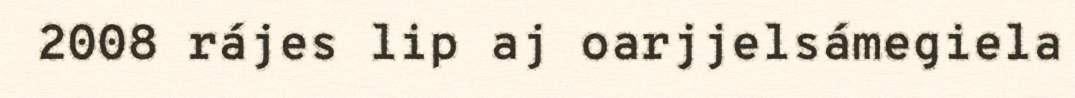
2008 rájes lip aj oarjjelsámegiela